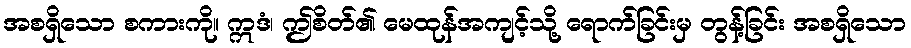
အစရှိသော စကားကို။ ဣဒံ၊ ဤစိတ်၏ မေထုန်အကျင့်သို့ ရောက်ခြင်းမှ တွန့်ခြင်း အစရှိသော